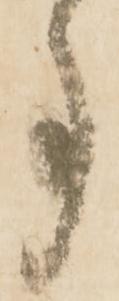
事